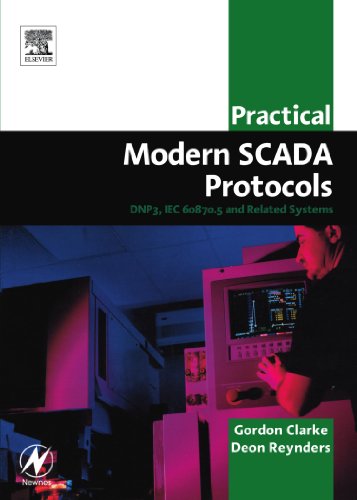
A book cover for Practical Modern SCADA Protocols: DNP3, 60870.5 and Related Systems (IDC Technology); Gordon Clarke CP Eng  BEng  MBA; Computers & Technology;